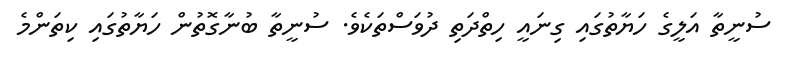
ސުނީތާ އަލީގެ ހަޔާތުގައި ގިނައީ ހިތްދަތި ދުވަސްތަކެވެ. ސުނީތާ ބުނާގޮތުން ހަޔާތުގައި ކިތަންމެ